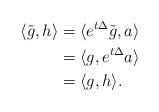
LaTeX: \begin{align*}\langle \tilde{g},h \rangle & = \langle e^{t\Delta}\tilde{g},a \rangle \\&= \langle g, e^{t\Delta}a \rangle \\&= \langle g,h \rangle.\\\end{align*}